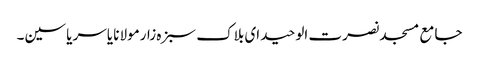
جامع مسجد نصرت الوحید ای بلاک سبزہ زارمولانا یاسر یاسین۔